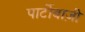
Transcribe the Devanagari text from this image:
पार्टीबाज़ी